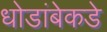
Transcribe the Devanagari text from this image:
धोडांबेकडे